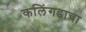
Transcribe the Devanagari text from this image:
कलिंगडाचा